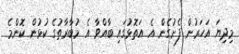
މިދިޔަ އަހަރުން ފެށުގެން އެ އަތޮޅުގައި ބާއްވާ އެ މުބާރާތުގެ ކުޅުން ކޮންމެ